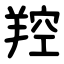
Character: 羫